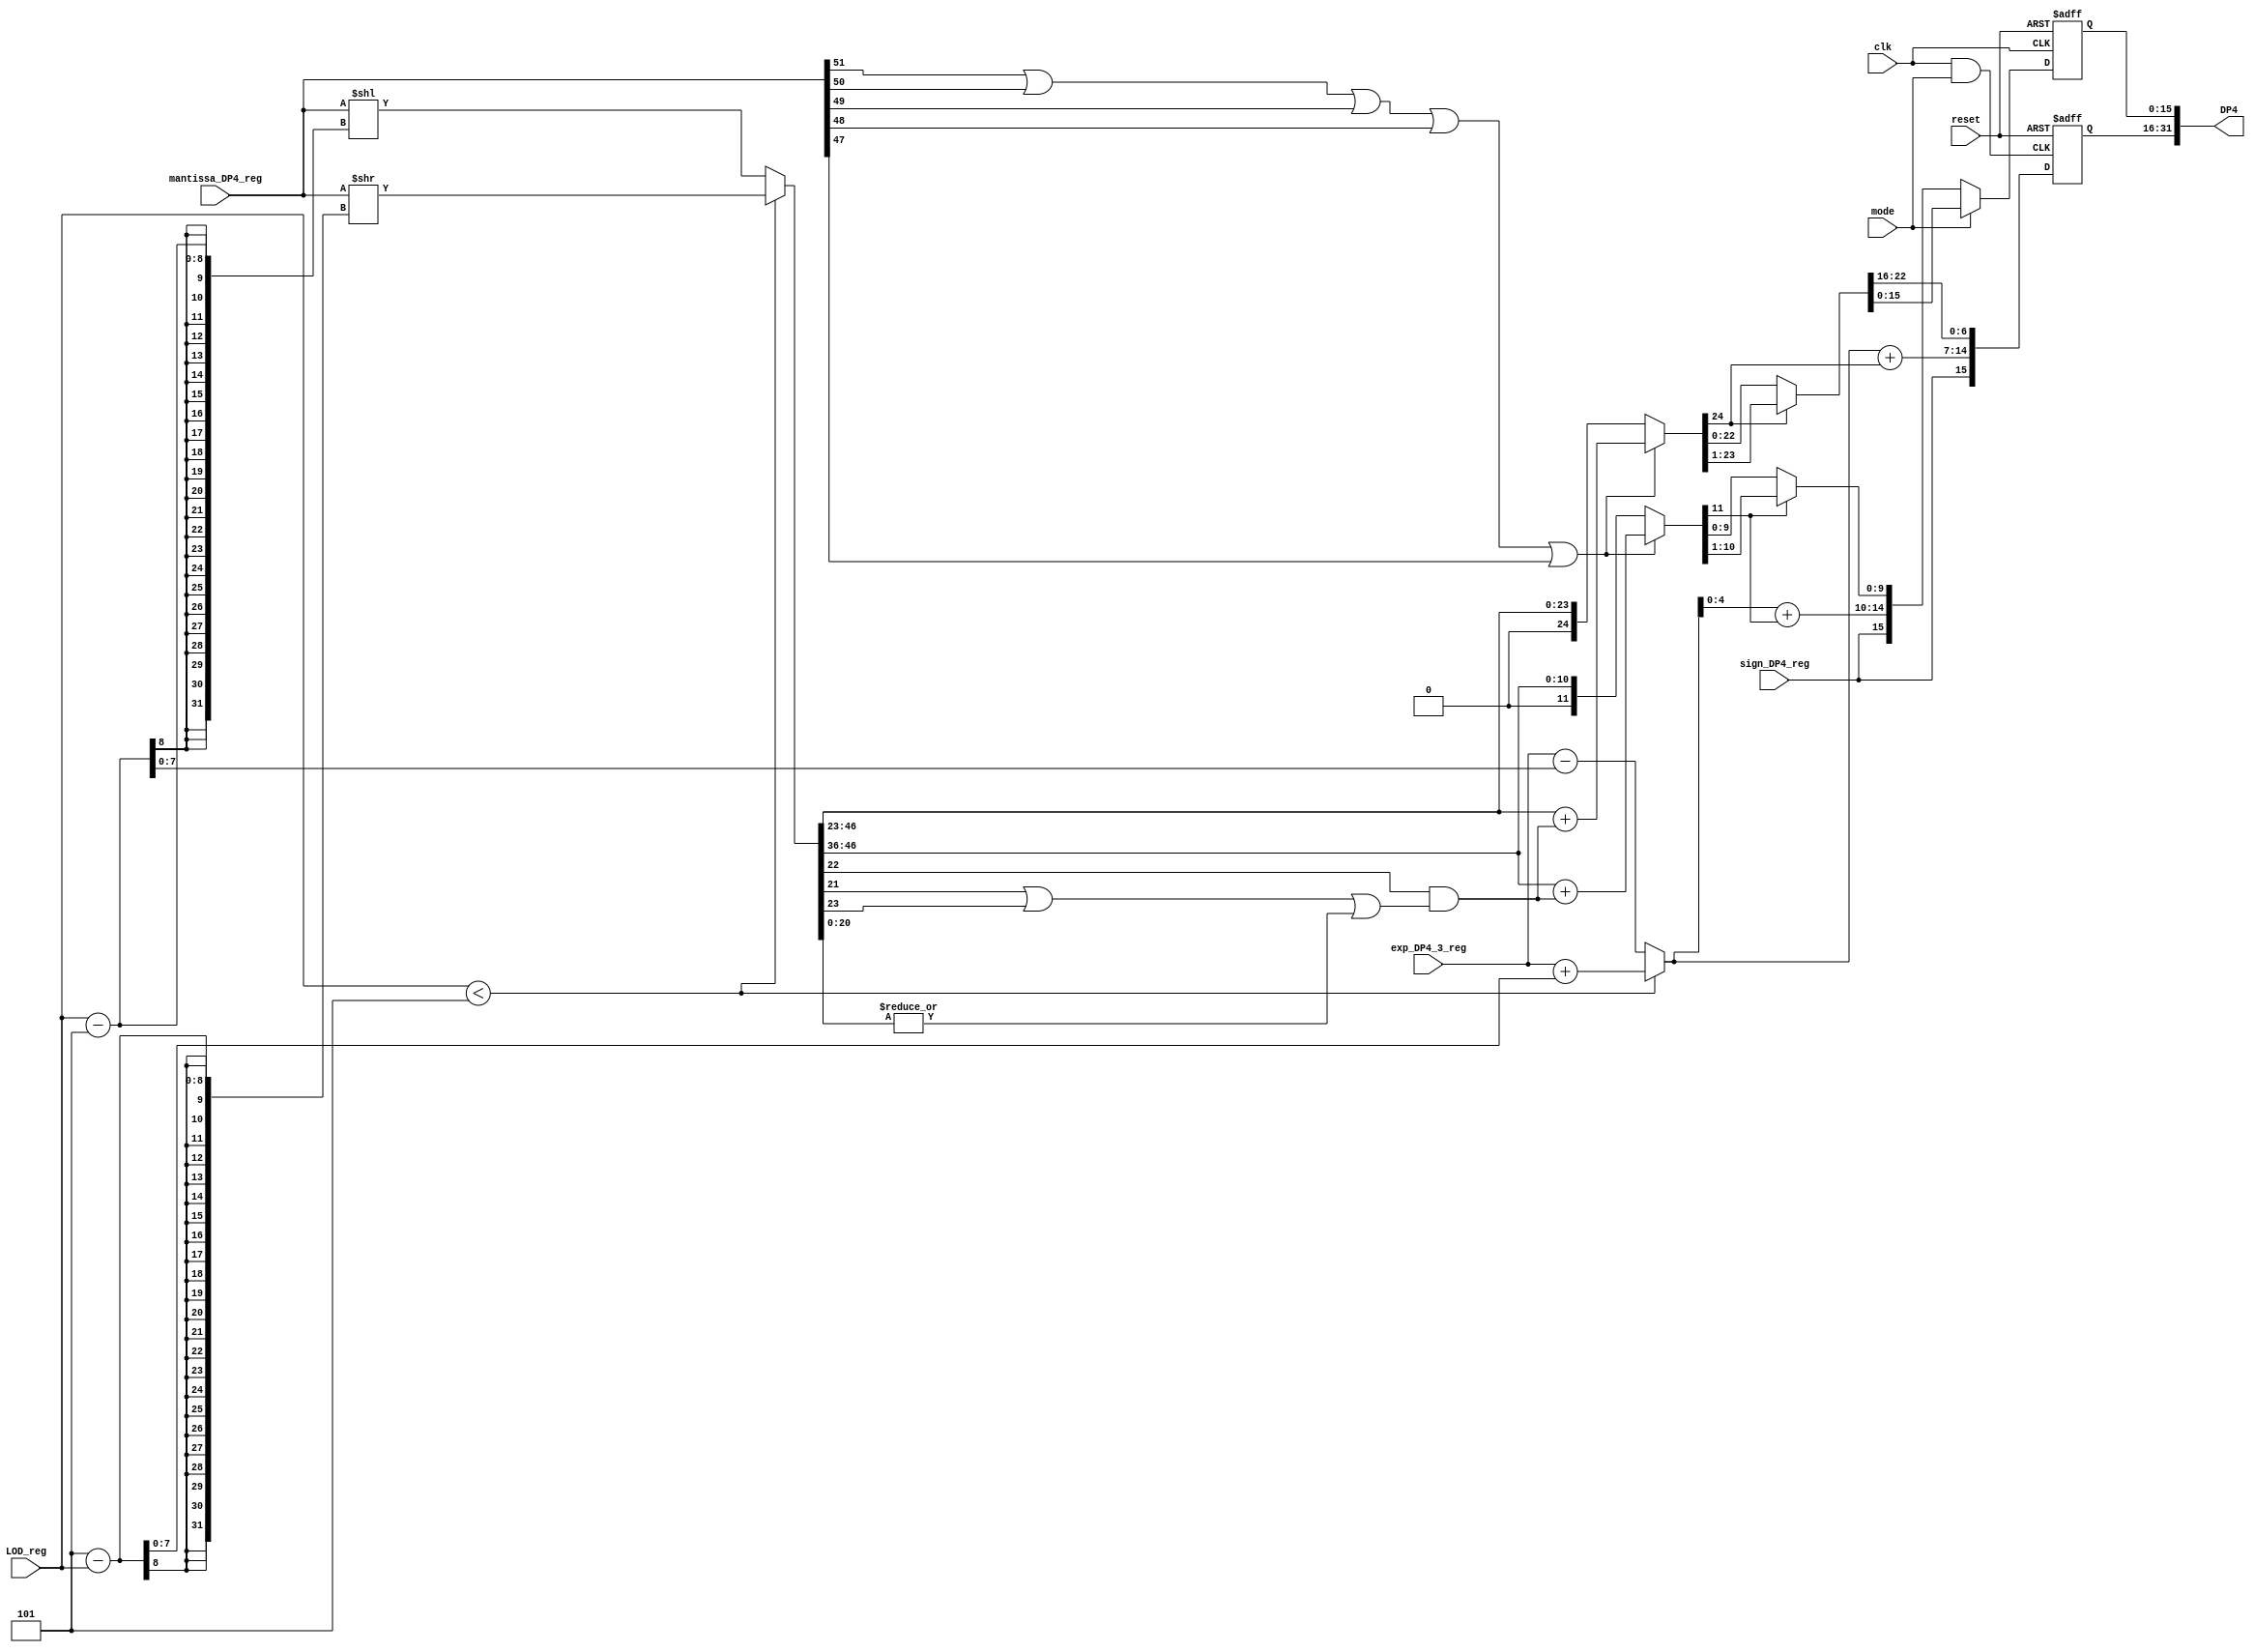
///////////////////////////////////////////////////////////
////////         Last edit: 2022/11/19 17:09        ///////
////////         Min time: 0.59 ns                  ///////
///////////////////////////////////////////////////////////
`timescale 1ns/1ps

module DP4_pipe_stage4(
    mode, clk, reset,
    sign_DP4_reg,
    exp_DP4_3_reg, LOD_reg,
    mantissa_DP4_reg, 
    DP4
);

input mode, clk, reset;
input sign_DP4_reg;
input [7:0] exp_DP4_3_reg, LOD_reg;
input [51:0] mantissa_DP4_reg;
output reg [31:0] DP4;

reg [7:0] exp_DP4_4;
reg [51:0] mantissa_DP4_1;

wire [7:0] LOD, exp_DP4_5;
wire [15:0] DP4_16;
wire [22:0] mantissa_DP4_4;
wire [23:0] mantissa_DP4_2;
wire [24:0] mantissa_DP4_round, mantissa_DP4_3;
wire [31:0] DP4_32;
wire [51:0] mantissa_DP4;

wire [4:0] exp_DP4_16;
wire [9:0] mantissa_DP4_16_3;
wire [10:0] mantissa_DP4_16_1;
wire [11:0] mantissa_DP4_round_16, mantissa_DP4_16_2;



always @(*) begin
    if(LOD_reg < 5) begin
        mantissa_DP4_1 <= mantissa_DP4_reg >> (5 - LOD_reg);
        exp_DP4_4 <= exp_DP4_3_reg + (5 - LOD_reg);
    end
    
    else begin
        mantissa_DP4_1 <= mantissa_DP4_reg << (LOD_reg - 5);
        exp_DP4_4 <= exp_DP4_3_reg - (LOD_reg - 5);
    end
end

// FLP 32
assign mantissa_DP4_2 = mantissa_DP4_1[46:23];              // 24 bits, {hidden, mantissa}

assign Guard_DP4 = mantissa_DP4_1[22];
assign Round_DP4 = mantissa_DP4_1[21];
assign Sticky_DP4 = |mantissa_DP4_1[20:0];

assign carry_DP4 = ( Guard_DP4 & (Round_DP4 | mantissa_DP4_1[23] | Sticky_DP4) );

assign mantissa_DP4_round = {1'b0, mantissa_DP4_2} + {24'b0, carry_DP4};          // 25 bits, {carry, hidden, mantissa}

assign mantissa_DP4_3 = (mantissa_DP4_reg[51] | mantissa_DP4_reg[50] | mantissa_DP4_reg[49] | mantissa_DP4_reg[48] | mantissa_DP4_reg[47]) ? mantissa_DP4_round : {1'b0, mantissa_DP4_2};

assign mantissa_DP4_4 = (mantissa_DP4_3[24]) ? (mantissa_DP4_3[23:1]) : mantissa_DP4_3[22:0];
assign exp_DP4_5 = exp_DP4_4 + {7'b0, mantissa_DP4_3[24]};

assign DP4_32 = {sign_DP4_reg, exp_DP4_5, mantissa_DP4_4};

// FLP 16
assign mantissa_DP4_16_1 = mantissa_DP4_1[46:36];    // 11 bits, {hidden, mantissa}

assign Guard_DP4_16 = mantissa_DP4_1[35];
assign Round_DP4_16 = mantissa_DP4_1[34];
assign Sticky_DP4_16 = |mantissa_DP4_1[33:25];          // 47:26

assign carry_DP4_16 = Guard_DP4_16 & (Round_DP4_16 | mantissa_DP4_1[36] | Sticky_DP4_16);

assign mantissa_DP4_round_16 = {1'b0, mantissa_DP4_16_1} + {11'b0, carry_DP4};          // 12 bits, {carry, hidden, mantissa}

assign mantissa_DP4_16_2 = (mantissa_DP4_reg[51] | mantissa_DP4_reg[50] | mantissa_DP4_reg[49] | mantissa_DP4_reg[48] | mantissa_DP4_reg[47]) ? mantissa_DP4_round_16 : {1'b0, mantissa_DP4_16_1};

assign mantissa_DP4_16_3 = (mantissa_DP4_16_2[11]) ? (mantissa_DP4_16_2[10:1]) : mantissa_DP4_16_2[9:0];
assign exp_DP4_16 = exp_DP4_4[4:0] + {4'b0, mantissa_DP4_16_2[11]};

assign DP4_16 = {sign_DP4_reg, exp_DP4_16, mantissa_DP4_16_3};


assign gclk = clk & mode;

always @(posedge gclk or posedge reset) begin
    if(reset)
        DP4[31:16] <= 0;
    
    else
        DP4[31:16] <= DP4_32[31:16];
end

always @(posedge clk or posedge reset) begin
    if(reset)
        DP4[15:0] <= 0;

    else
        DP4[15:0] <= (mode) ? DP4_32[15:0] : DP4_16;
end





endmodule